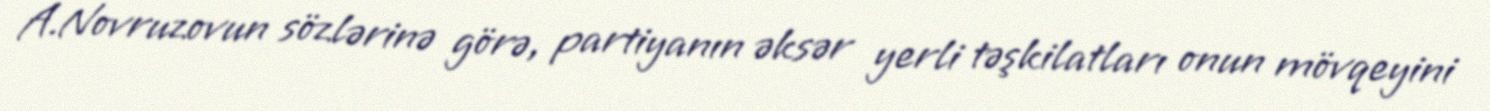
A.Novruzovun sözlərinə görə, partiyanın əksər yerli təşkilatları onun mövqeyini